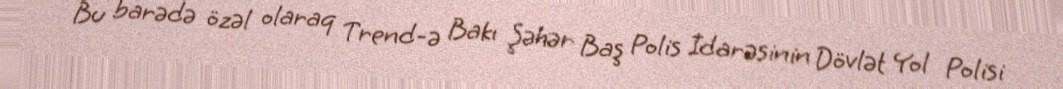
Bu barədə özəl olaraq Trend-ə Bakı Şəhər Baş Polis İdarəsinin Dövlət Yol Polisi